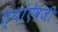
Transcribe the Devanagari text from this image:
त्यांऐवजी